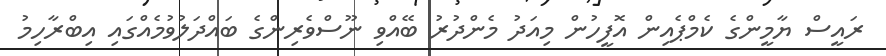
ރައީސް ޔާމީންގެ ކެމްޕެއިން އޮފީހުން މިއަދު މެންދުރު ބޭއްވި ނޫސްވެރިންގެ ބައްދަލުވުމެއްގައި އިބްރާހިމު